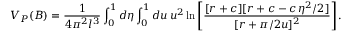
V _ { P } ( B ) = \frac { 1 } { 4 \pi ^ { 2 } l ^ { 3 } } \int _ { 0 } ^ { 1 } d \eta \int _ { 0 } ^ { 1 } d u \, u ^ { 2 } \ln \left[ \frac { [ r + c ] [ r + c - c \, \eta ^ { 2 } / 2 ] } { [ r + \pi / 2 u ] ^ { 2 } } \right] .